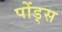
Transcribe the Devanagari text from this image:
पोंड्स